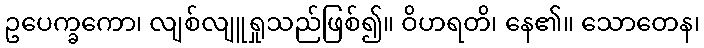
ဥပေက္ခကော၊ လျစ်လျူရှုသည်ဖြစ်၍။ ဝိဟရတိ၊ နေ၏။ သောတေန၊